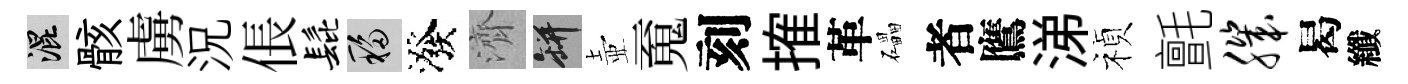
混骸虜況倀髭移潑濟瓶壺䰟刻搉革礧者鷹涕禎氈肌曷纖